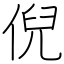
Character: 倪